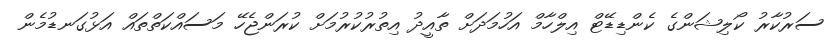
ސަރުކާރު ކޯލިޝަންގެ ކެންޑިޑޭޓް އިލްހާމް އަހުމަދަށް ތާއީދު އިތުރުކުރުމަށް ކުރަންޖެހޭ މަސައްކަތްތައް އަޅުގަނޑުމެން